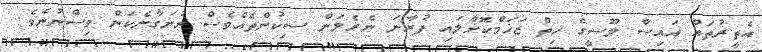
އެތީރުތައް އައިސް ލޫސީގެ ހިތް ޒަޚަމްކޮށްލައި ފުރާނަ ނެރެލަން ސިކުންތެއްވެސް ނުނަގާނެކަން ވިސްނުނެވެ.